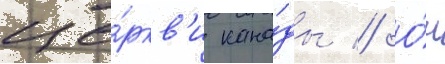
це́ркв'и кана́ды // О́н